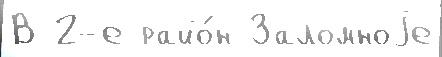
В 2-е райо́н Заломноjе